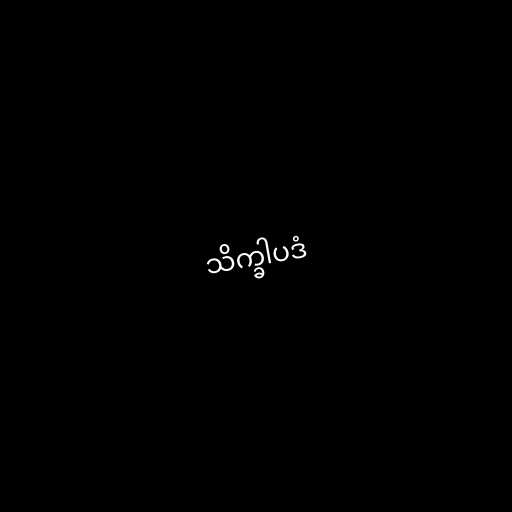
သိက္ခါပဒံ